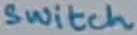
Text: switch